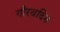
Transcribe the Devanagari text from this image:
गौरवदिन